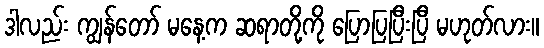
ဒါလည်း ကျွန်တော် မနေ့က ဆရာတို့ကို ပြောပြပြီးပြီ မဟုတ်လား။